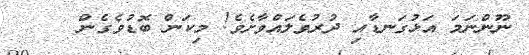
ނޫންނަމަ އަޅުގަނޑާއި ދުރުވެލައްވާށެވެ! މިކަން ބޮޑުވެގެން